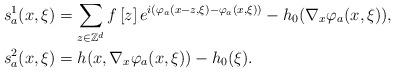
LaTeX: \begin{align*}s_a^1(x,\xi)&=\sum_{z\in\mathbb{Z}^d}f\left[z\right]e^{i(\varphi_a(x-z,\xi)-\varphi_a(x,\xi))}-h_0(\nabla_x\varphi_a(x,\xi)) , \\s_a^2(x,\xi)&=h(x,\nabla_x\varphi_a(x,\xi))-h_0(\xi) .\end{align*}